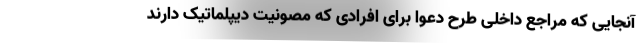
آنجایی که مراجع داخلی طرح دعوا برای افرادی که مصونیت دیپلماتیک دارند